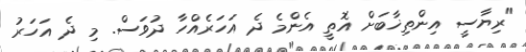
"ރިޔާސީ އިންތިޚާބަށް އޮތީ އެންމެ ދެ އަހަރެއްހާ ދުވަސް. މި ދެ އަހަރު